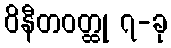
ဝိနီတဝတ္ထု ၇-ခု